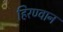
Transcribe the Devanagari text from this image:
हिरण्वान